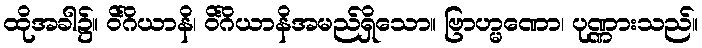
ထိုအခါ၌။ ဝိင်္ဂိယာနိ၊ ဝိင်္ဂိယာနိအမည်ရှိသော။ ဗြာဟ္မဏော၊ ပုဏ္ဏားသည်။